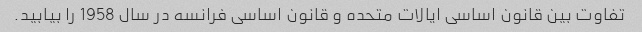
تفاوت بین قانون اساسی ایالات متحده و قانون اساسی فرانسه در سال 1958 را بیابید.